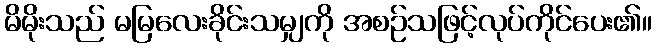
မိမိုးသည် မမြလေးခိုင်းသမျှကို အစဉ်သဖြင့်လုပ်ကိုင်ပေး၏။